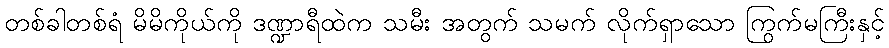
တစ်ခါတစ်ရံ မိမိကိုယ်ကို ဒဏ္ဍာရီထဲက သမီး အတွက် သမက် လိုက်ရှာသော ကြွက်မကြီးနှင့်